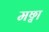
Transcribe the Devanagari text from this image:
मछ्वा